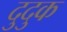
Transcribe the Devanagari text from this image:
दुदुक